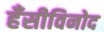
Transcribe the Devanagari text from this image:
हँसीविनोद